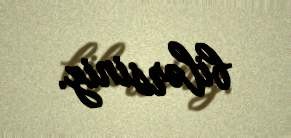
bilərsiniz.